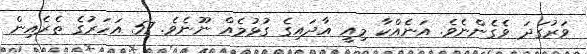
ވަރުގަދަ ވެގެންނެވެ. އަނެއްކާ މިއީ އާދައިގެ ގުޅުމެއް ނޫނެވެ. 57 އަހަރުގެ ތެރެއިން